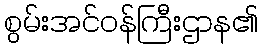
စွမ်းအင်ဝန်ကြီးဌာန၏